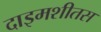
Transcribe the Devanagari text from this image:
दाइमशीतस